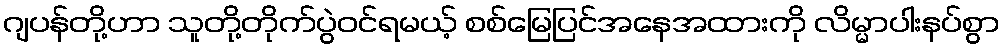
ဂျပန်တို့ဟာ သူတို့တိုက်ပွဲဝင်ရမယ့် စစ်မြေပြင်အနေအထားကို လိမ္မာပါးနပ်စွာ